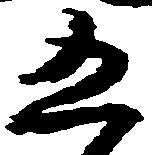
五